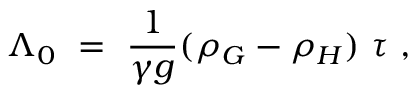
\Lambda _ { 0 } ~ = ~ { \frac { 1 } { \gamma g } } ( \rho _ { G } - \rho _ { H } ) ~ \tau \ ,